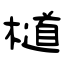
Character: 檤